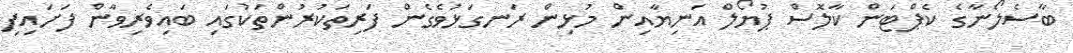
ބާސެލޯނާގެ ކެޕްޓަން ކާލޮސް ޕުޔޯލް އަނިޔާއިން މުޅިން ރަނގަޅުވެގެން ފަރިތަކުރުންތަކުގައި ބައިވެރިވާން ފަށައިފި